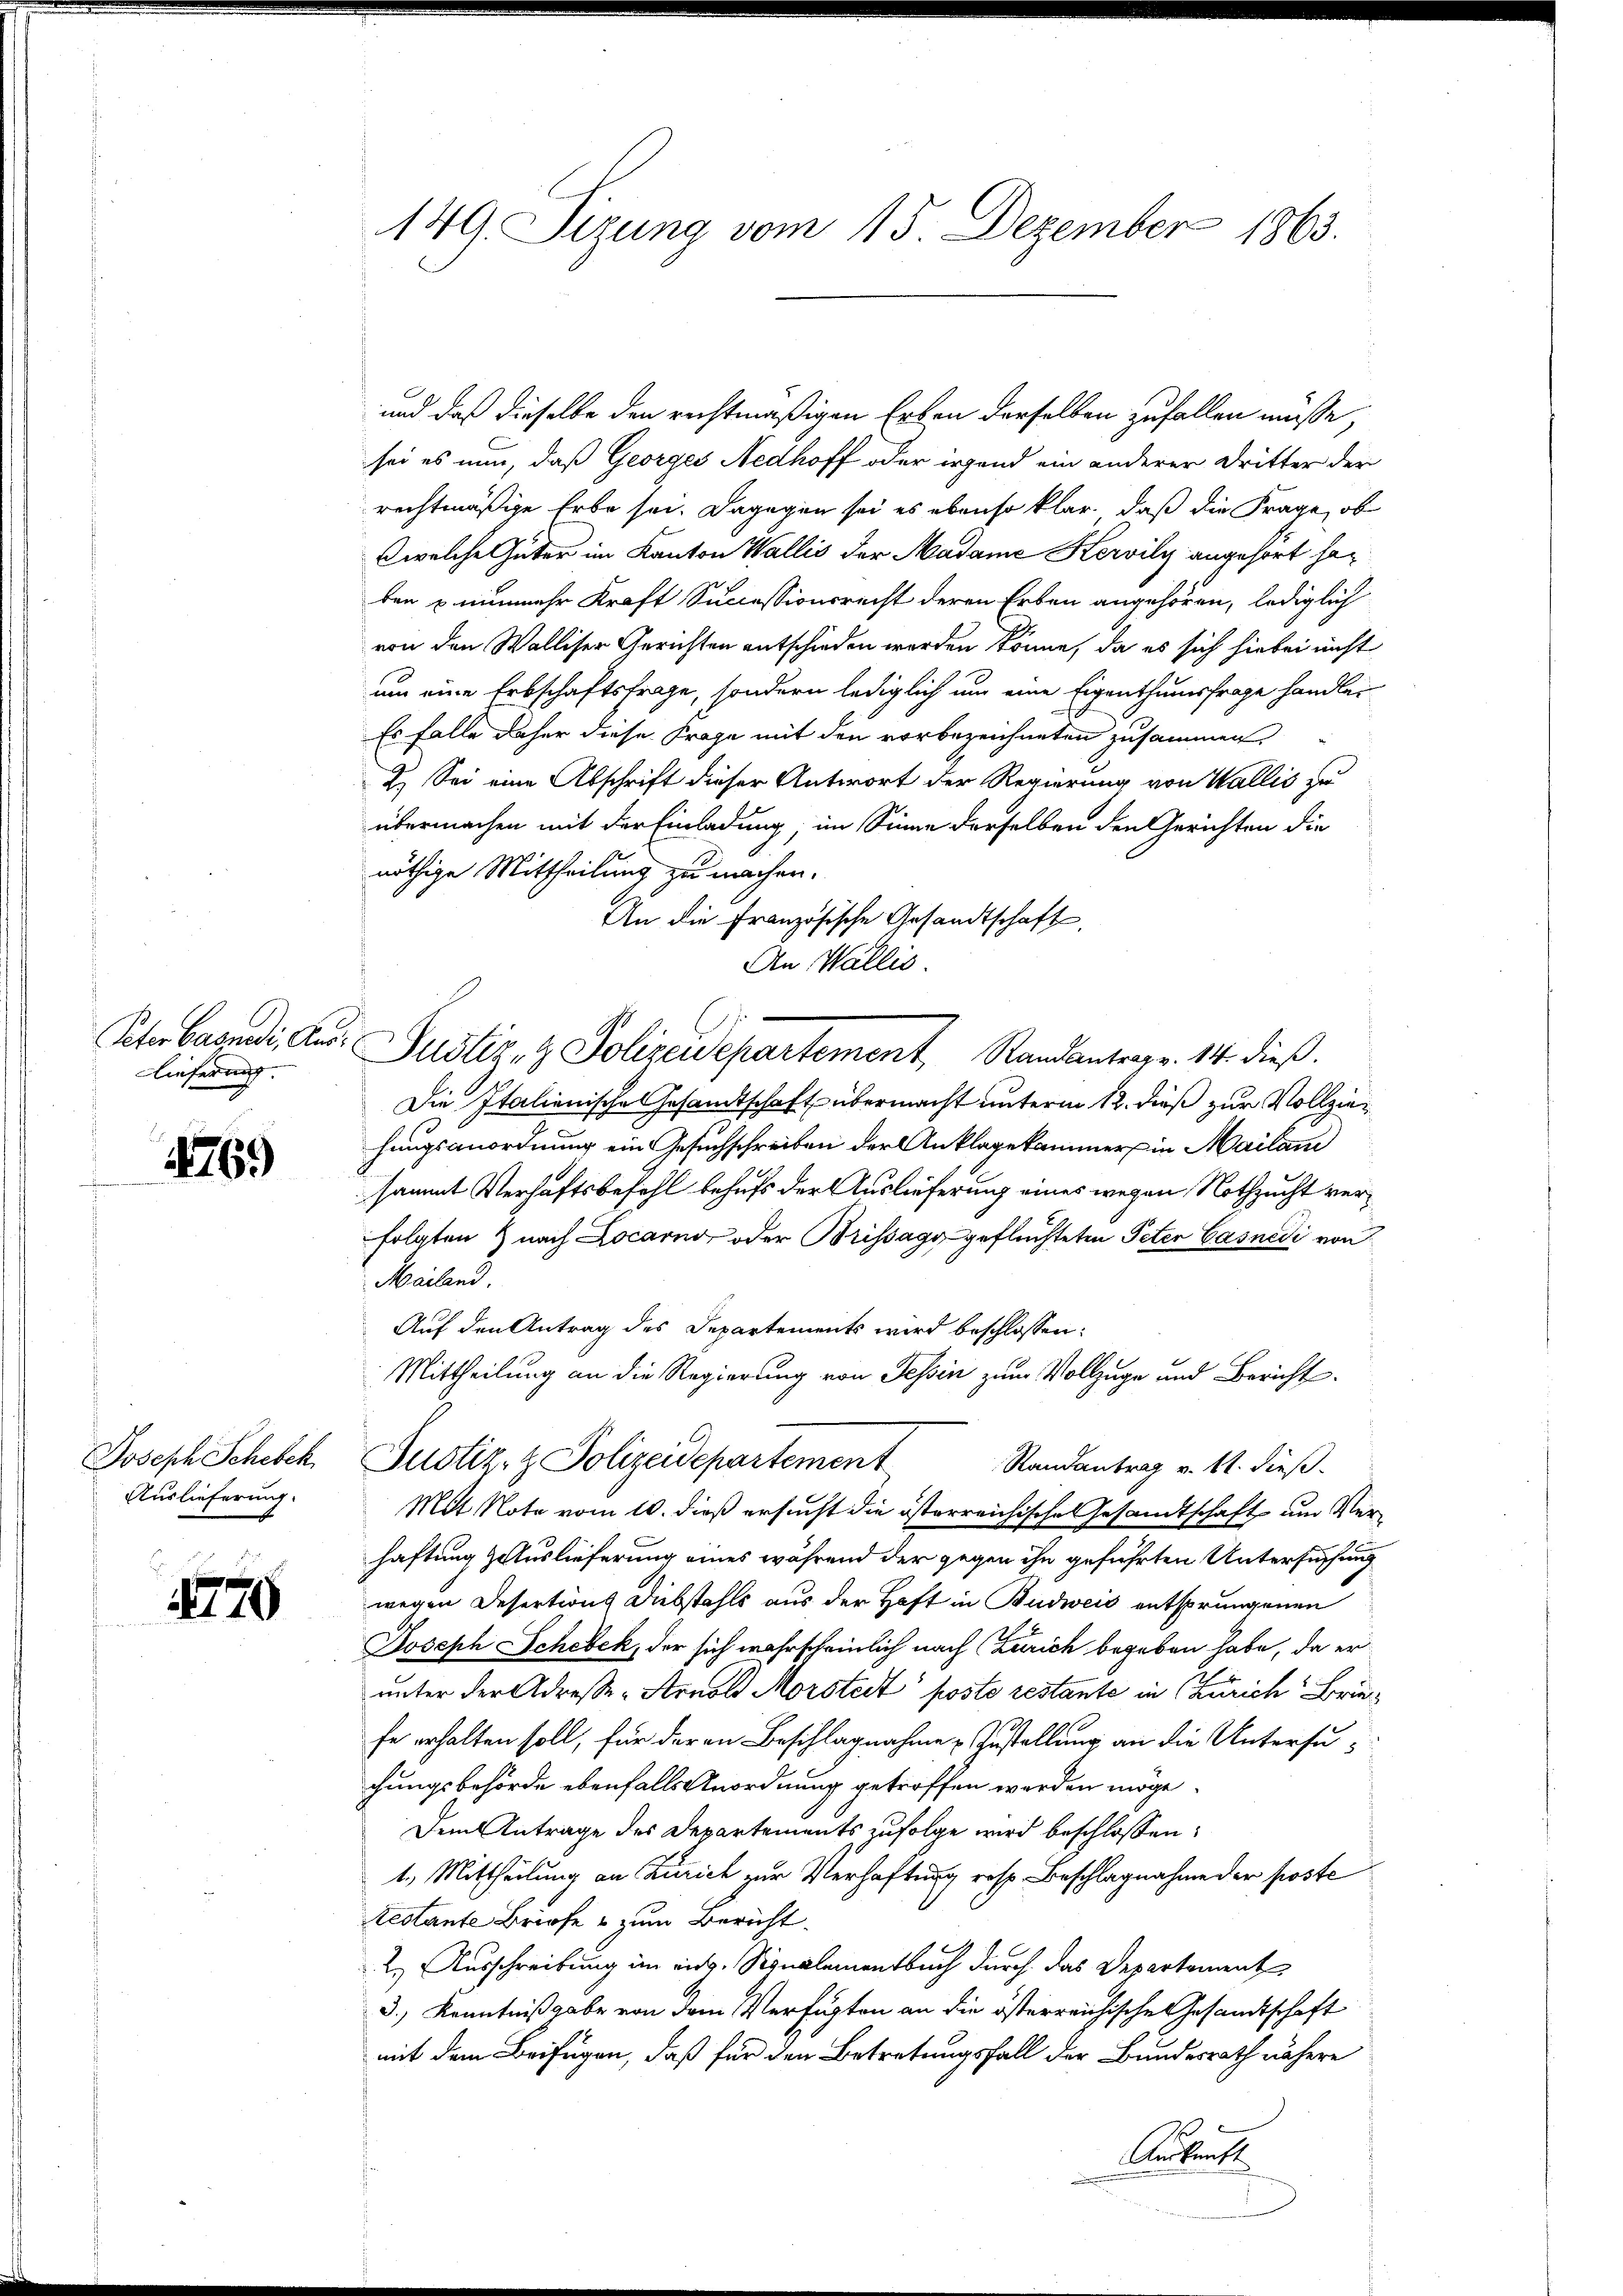
Peter Basadi, Aus¬
Lieferung.

476.

Joseph Schebeh
Auslieferung.

4770

149. Sizung vom 15. Dezember 1863.

und daß dieselbe den rechtmäßigen Erben derselben zufallen müsse,
sei es nun, daß Georges Nedhoff oder irgend ein anderer Dritter der
rechtmäßige Erbe sei. Dagegen sei es ebenso klar, daß die Frage, ob
welche Güter im Kanton Wallis der Madame Kervily angehört haben & nunmehr Kraft Successionsrecht deren Erben angehören, lediglich
von den Walliser Gerichten entschieden werden könne, da es sich hiebei nicht
um eine Erbschaftsfrage, sondern lediglich um eine Eigenthumsfrage handler
Es fälle daher diese Frage mit den vorbezeichneten zusammen
2.) Sei eine Abschrift dieser Antwort der Regierung von Wallis zu
übermachen mit der Einladung, im Sinne derselben den Gerichten die
nöthige Mittheilung zu machen.
An die Französische Gesandtschaft
An Wallis.
Justiz- & Polizeidepartement, Randantrage. 14. dieß.
Die Italienische Gesamtschaft übermacht unterm 12. dieß zur Vollziehungsanordnung ein Gesuchschreiben der Anklagekammer in Mailan
sammt Verhaftsbefehl behufs der Auslieferung eines wegen Nothzucht verfolgten & nach Locarno oder Brissagg geflüchteten Peter Casnedi von
Mailand
Auf den Antrag des Departements wird beschlossen:
Mittheilung an die Regierung von Tessin zum Vollzuge und Bericht
Justiz- & Polizeidepartement
Randantrag v. 11. dieß.
Mit Note vom 10. dieß ersucht die österreichische Gesandtschaft um Verhaftung Hauslieferung eines während der gegen ihn geführten Untersuchung
wegen Desertion Diebstahls aus der Haft in Budweis entsprungenen
Joseph Schebek, der sich wahrscheinlich nach (Zürich begeben habe, da er
unter der Adresse - Arnold Morsteit poste restante in Zürich Briefe erhalten soll, für der an Beschlagnahme Zustellung an die Untersuchungsbehörde ebenfalls Anordnung getroffen werden möge.
Dem Antrage des Departements zufolge wird beschlossen:
1.) Mittheilung an Zürich zur Verhaftung resp. Beschlagnahme der poste
testante Briefe & zum Bericht.
2.) Ausschreibung im ein. Signalementbuch durch das Departement
3.) Kenntnißgabe von dem Verfügten an die österreichische Gesandtschaft
mit dem Beifügen, daß für den Betretungsfall der Bundesrath nähere
Anskunft